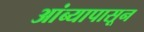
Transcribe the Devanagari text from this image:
आंब्यापासून